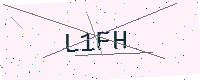
Text: L1FH